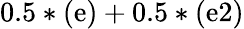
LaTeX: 0.5*(\mathrm{e})+0.5*(\mathrm{e}2)